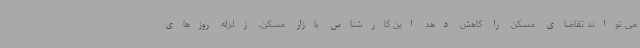
می تواند تقاضای مسکن را کاهش دهد این کارشناس بازار مسکن، زلزله روزهای